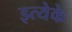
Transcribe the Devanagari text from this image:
इत्येके